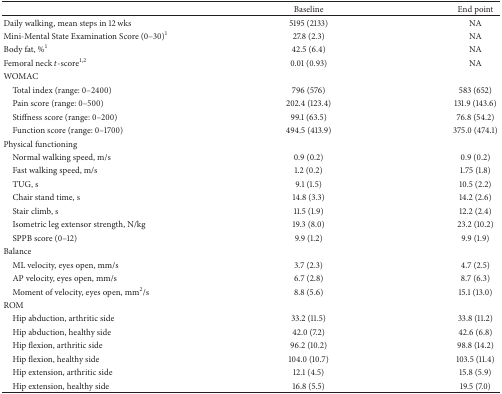
|  | Baseline | End point |
 | --- | --- | --- |
 | Daily walking, mean steps in 12 wks | 5195 (2133) | NA |
 | Mini-Mental State Examination Score (0–30)1 | 27.8 (2.3) | NA |
 | Body fat, %1 | 42.5 (6.4) | NA |
 | Femoral neck t-score1, 2 | 0.01 (0.93) | NA |
 | WOMAC |  |  |
 | Total index (range: 0–2400) | 796 (576) | 583 (652) |
 | Pain score (range: 0–500) | 202.4 (123.4) | 131.9 (143.6) |
 | Stiffness score (range: 0–200) | 99.1 (63.5) | 76.8 (54.2) |
 | Function score (range: 0–1700) | 494.5 (413.9) | 375.0 (474.1) |
 | Physical functioning |  |  |
 | Normal walking speed, m/s | 0.9 (0.2) | 0.9 (0.2) |
 | Fast walking speed, m/s | 1.2 (0.2) | 1.75 (1.8) |
 | TUG, s | 9.1 (1.5) | 10.5 (2.2) |
 | Chair stand time, s | 14.8 (3.3) | 14.2 (2.6) |
 | Stair climb, s | 11.5 (1.9) | 12.2 (2.4) |
 | Isometric leg extensor strength, N/kg | 19.3 (8.0) | 23.2 (10.2) |
 | SPPB score (0–12) | 9.9 (1.2) | 9.9 (1.9) |
 | Balance |  |  |
 | ML velocity, eyes open, mm/s | 3.7 (2.3) | 4.7 (2.5) |
 | AP velocity, eyes open, mm/s | 6.7 (2.8) | 8.7 (6.3) |
 | Moment of velocity, eyes open, mm2/s | 8.8 (5.6) | 15.1 (13.0) |
 | ROM |  |  |
 | Hip abduction, arthritic side | 33.2 (11.5) | 33.8 (11.2) |
 | Hip abduction, healthy side | 42.0 (7.2) | 42.6 (6.8) |
 | Hip flexion, arthritic side | 96.2 (10.2) | 98.8 (14.2) |
 | Hip flexion, healthy side | 104.0 (10.7) | 103.5 (11.4) |
 | Hip extension, arthritic side | 12.1 (4.5) | 15.8 (5.9) |
 | Hip extension, healthy side | 16.8 (5.5) | 19.5 (7.0) |